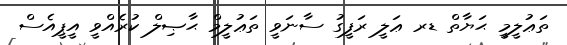
ތަޢުލީމީ ޙަޔާތް ޑރ ޢަލީ ރަފީގު ސާނަވީ ތަޢުލީމް ޙާޞިލް ކުރެއްވީ އީޕީއެސް